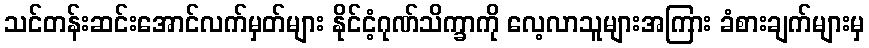
သင်တန်းဆင်းအောင်လက်မှတ်များ နိုင်ငံ့ဂုဏ်သိက္ခာကို လေ့လာသူများအကြား ခံစားချက်များမှ